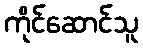
ကိုင်ဆောင်သူ